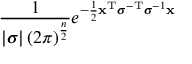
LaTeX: { \frac { 1 } { \left| { \boldsymbol { \sigma } } \right| \left( 2 \pi \right) ^ { \frac { n } { 2 } } } } e ^ { - { \frac { 1 } { 2 } } \mathbf { x } ^ { \mathrm { T } } { \boldsymbol { \sigma } } ^ { - \mathrm { T } } { \boldsymbol { \sigma } } ^ { - 1 } \mathbf { x } }